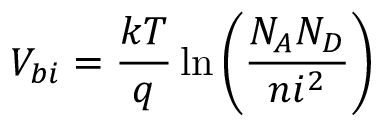
V _ { b i } = \frac { k T } { q } \ln { \left( \frac { N _ { A } N _ { D } } { n i ^ { 2 } } \right) }